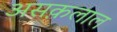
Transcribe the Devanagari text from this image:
असक़लाल